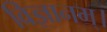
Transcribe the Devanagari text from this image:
विज्ञानम्।